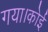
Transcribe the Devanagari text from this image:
गया।कोई